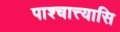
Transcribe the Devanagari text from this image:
पाश्चात्त्यासि